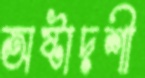
অষ্টাদশী